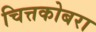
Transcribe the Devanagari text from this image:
चित्तकोबरा